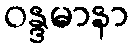
ဝန္ဒမာနာ